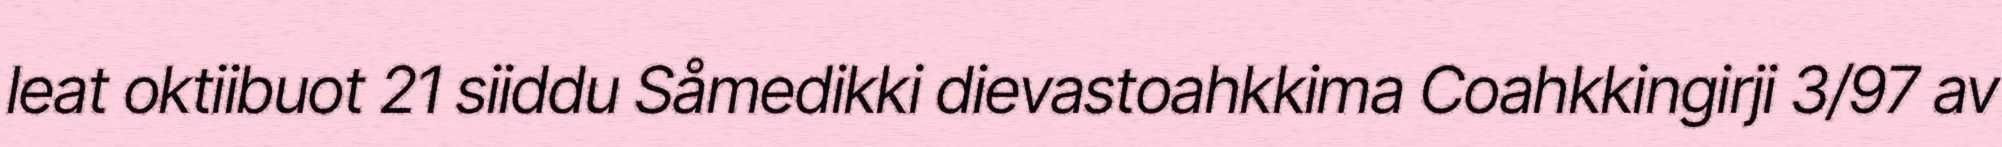
leat oktiibuot 21 siiddu Såmedikki dievastoahkkima Coahkkingirji 3/97 av